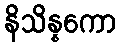
နိသိန္နကော